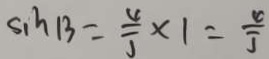
\sin B = \frac { 4 } { J } \times 1 = \frac { 4 } { J }